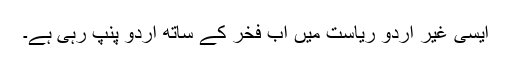
ایسی غیر اُردو ریاست میں اب فخر کے ساتھ اُردو پنپ رہی ہے۔